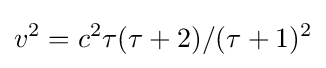
v^{2}=c^{2}\tau (\tau +2)/(\tau +1)^{2}